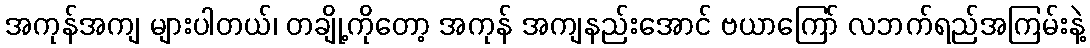
အကုန်အကျ များပါတယ်၊ တချို့ကိုတော့ အကုန် အကျနည်းအောင် ဗယာကြော် လဘက်ရည်အကြမ်းနဲ့